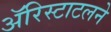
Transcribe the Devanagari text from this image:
ॲरिस्टाटलने